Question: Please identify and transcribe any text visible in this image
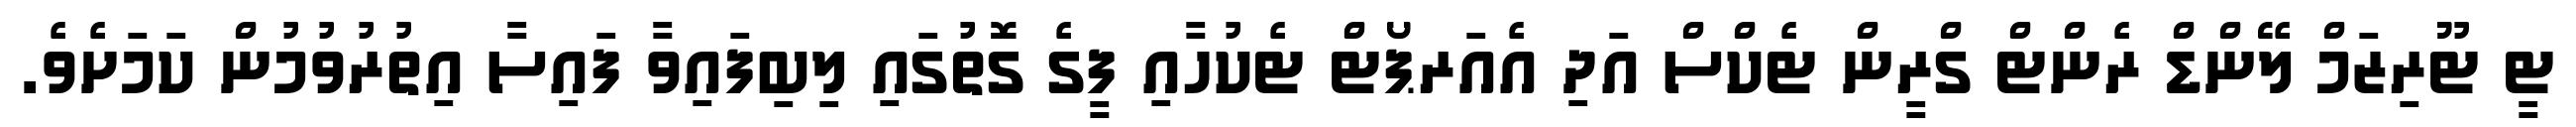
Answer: ޓީ ޓޫރިޒަމް ލޭންޑް ރެންޓް ގްރީން ޓެކްސް އަދި އެއަރޕޯޓް ޓެކުހާއި ފީގެ ގޮތުގައި ލިބިފައިވާ ފައިސާ އިތުރުވުމުން ކަމަށެވެ.